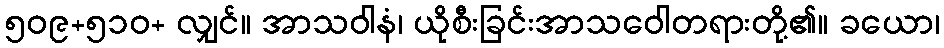
၅၀၉+၅၁၀+ လျှင်။ အာသဝါနံ၊ ယိုစီးခြင်းအာသဝေါတရားတို့၏။ ခယော၊